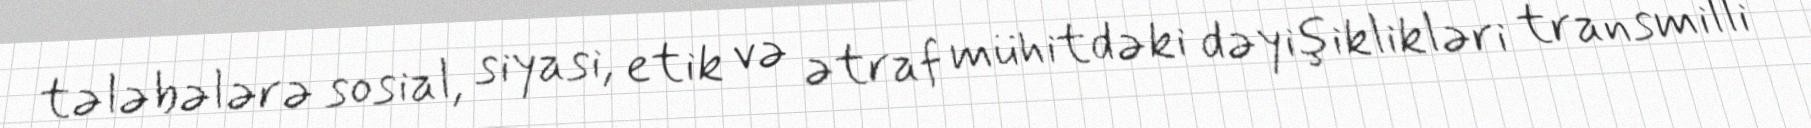
tələbələrə sosial, siyasi, etik və ətraf mühitdəki dəyişiklikləri transmilli